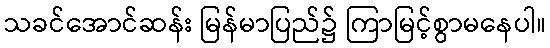
သခင်အောင်ဆန်း မြန်မာပြည်၌ ကြာမြင့်စွာမနေပါ။